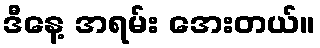
ဒီနေ့ အရမ်း အေးတယ်။